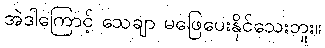
အဲဒါကြောင့် သေချာ မဖြေပေးနိုင်သေးဘူး။